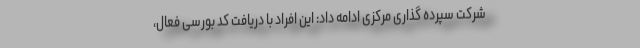
شرکت سپرده گذاری مرکزی ادامه داد: این افراد با دریافت کد بورسی فعال،